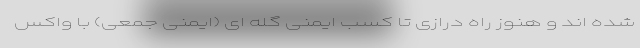
شده اند و هنوز راه درازی تا کسب ایمنی گله ای (ایمنی جمعی) با واکس